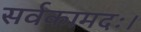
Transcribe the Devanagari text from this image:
सर्वकामदः।